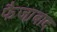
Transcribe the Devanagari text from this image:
फैजा़बाद